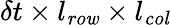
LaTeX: \delta t\times l_{\mathit{row}}\times l_{\mathit{col}}